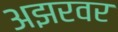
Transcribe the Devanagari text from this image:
अझरवर